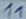
Text: 11